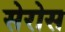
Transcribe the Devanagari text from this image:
सेरोस